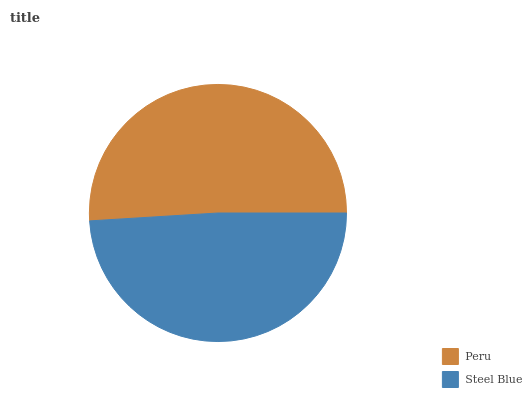
| Peru | Steel Blue |
 | --- | --- |
 | 51% | 49% |